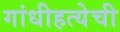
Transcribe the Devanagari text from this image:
गांधीहत्येची